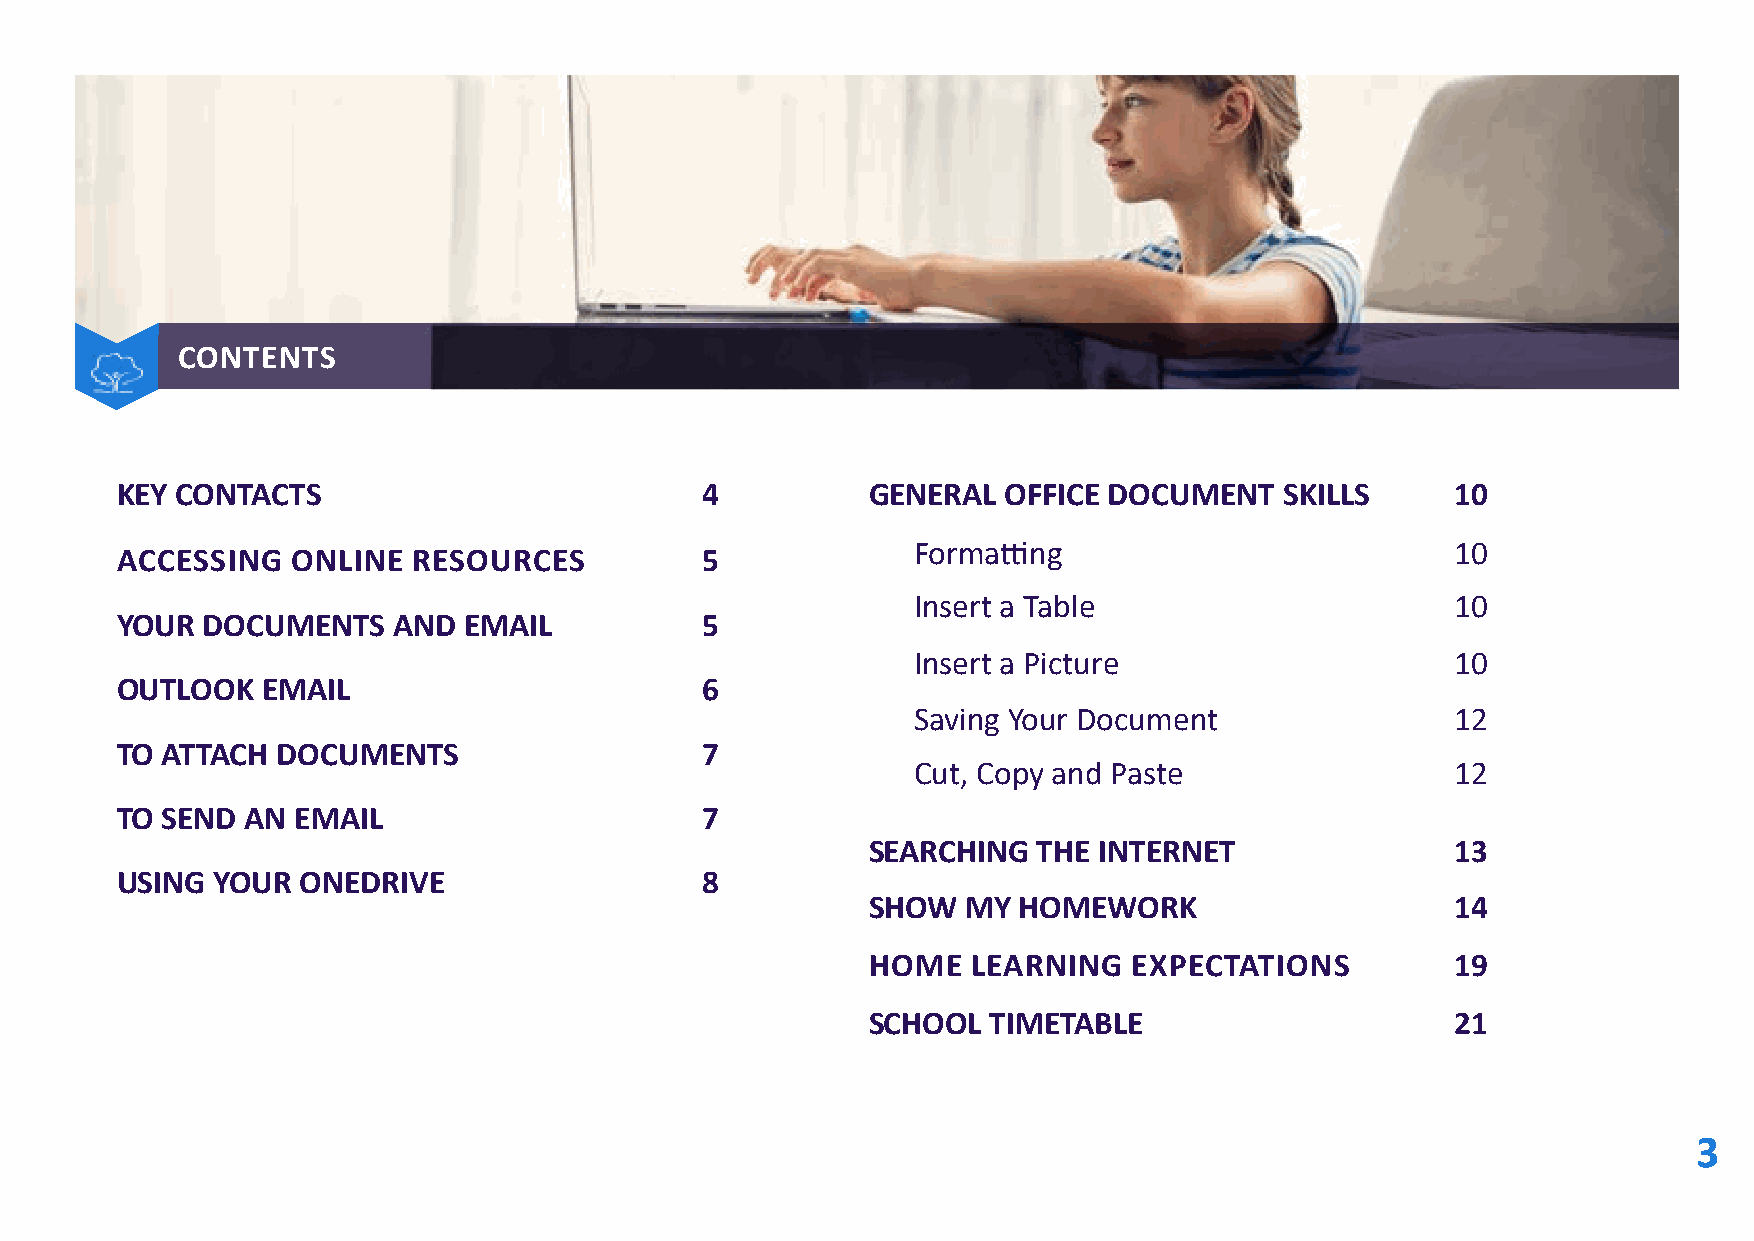
Contents
 CONTENTS
 KEY CONTACTS                          4           GENERAL  OFFICE DOCUMENT   SKILLS     10
 Formatting                         10
 ACCESSING  ONLINE  RESOURCES          5
 Insert a Table                     10
 YOUR DOCUMENTS    AND  EMAIL          5
 Insert a Picture                   10
 OUTLOOK  EMAIL                        6
 Saving Your Document               12
 TO ATTACH DOCUMENTS                   7
 Cut, Copy and Paste                12
 TO SEND AN EMAIL                      7
 SEARCHING  THE INTERNET               13
 USING YOUR  ONEDRIVE                  8
 SHOW  MY HOMEWORK                     14
 HOME  LEARNING   EXPECTATIONS         19
 SCHOOL  TIMETABLE                     21
 3